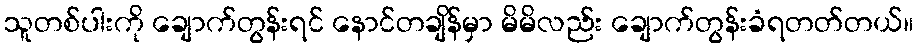
သူတစ်ပါးကို ချောက်တွန်းရင် နောင်တချိန်မှာ မိမိလည်း ချောက်တွန်းခံရတတ်တယ်။